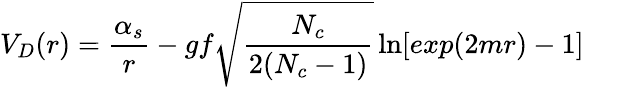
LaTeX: V_{D}(r)={\frac{\alpha_{s}}{r}}-gf\sqrt{\frac{N_{c}}{2(N_{c}-1)}}\ln[exp(2mr)-1]\qquad